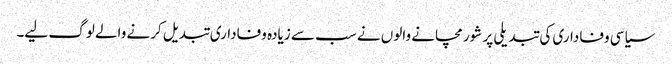
سیاسی وفاداری کی تبدیلی پر شور مچانے والوں نے سب سے زیادہ وفاداری تبدیل کرنے والے لوگ لیے۔